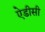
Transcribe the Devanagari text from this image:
ऐडीसी